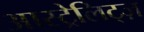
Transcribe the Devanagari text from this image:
आस्ट्रेलिट्ज़